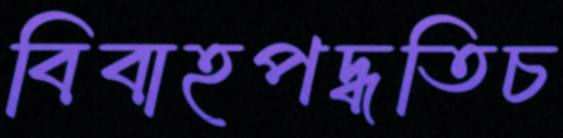
বিবাহপদ্ধতিচ